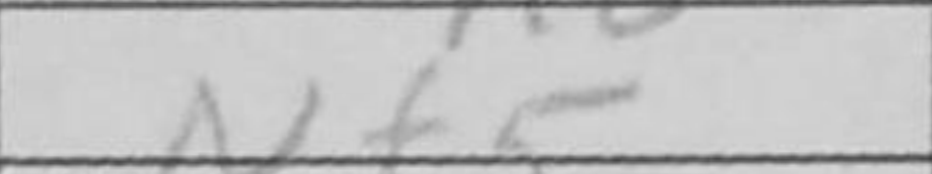
Transcription: Nf5